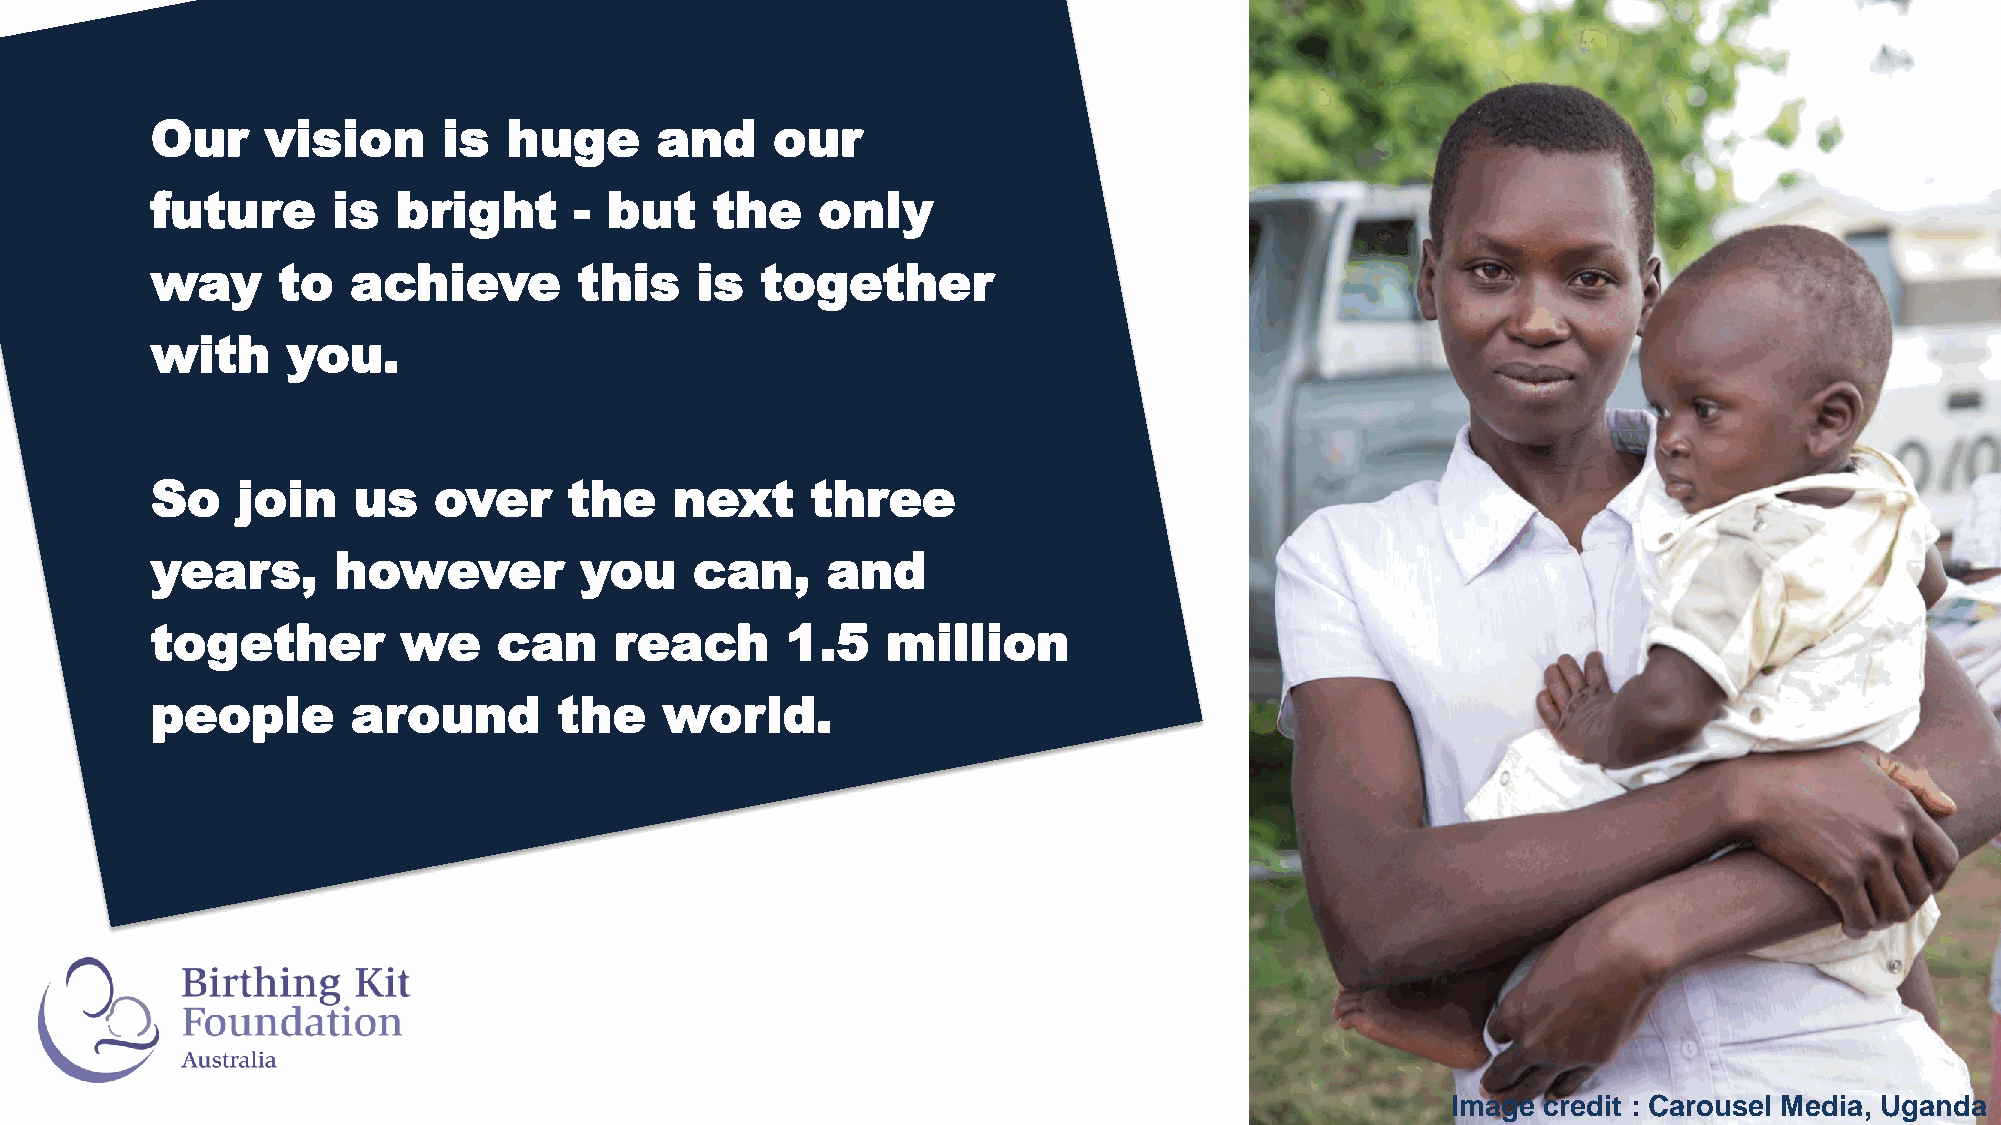
Our     vision     is   huge     and     our
 future      is  bright      - but    the    only
 way     to   achieve        this    is  together
 with     you.
 So    join   us    over     the    next     three
 years,      however         you     can,     and
 together         we    can     reach      1.5    million
 people       around        the    world.
 Image credit : Carousel Media, Uganda